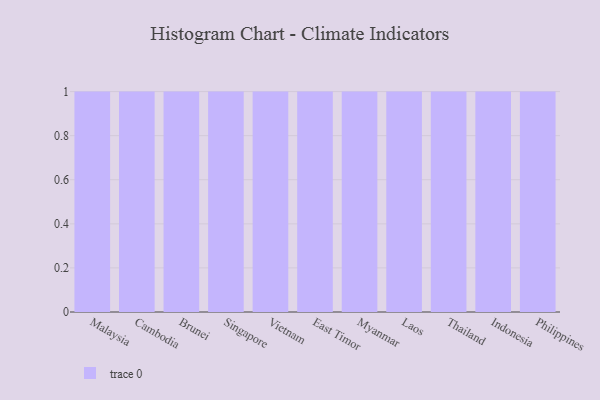
{"axis": {"x": "Country", "y": "Waste Production (Tons)"}, "legend": [""], "data": [{"x": "Malaysia", "y": 13, "type": ""}, {"x": "Cambodia", "y": 55, "type": ""}, {"x": "Brunei", "y": 64, "type": ""}, {"x": "Singapore", "y": 8, "type": ""}, {"x": "Vietnam", "y": 3, "type": ""}, {"x": "East Timor", "y": 93, "type": ""}, {"x": "Myanmar", "y": 49, "type": ""}, {"x": "Laos", "y": 33, "type": ""}, {"x": "Thailand", "y": 35, "type": ""}, {"x": "Indonesia", "y": 11, "type": ""}, {"x": "Philippines", "y": 30, "type": ""}]}